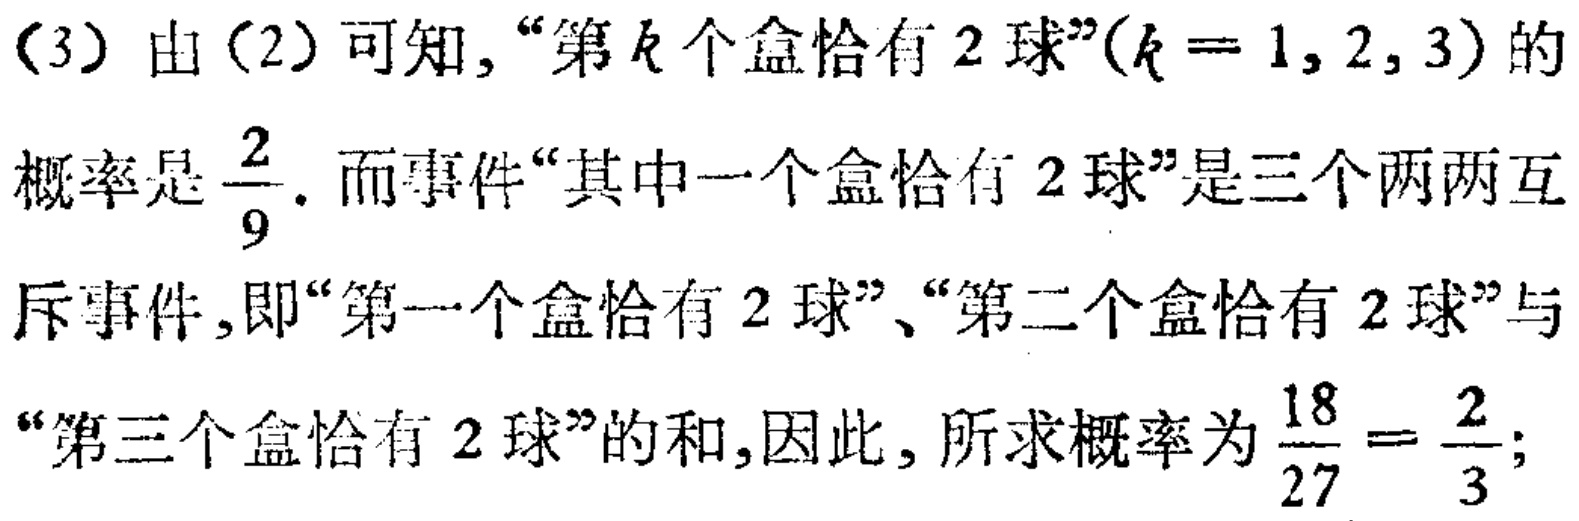
（3）由（2）可知，“第\(k\)个盒恰有\(2\)球”\((k = 1,2,3)\)的概率是\(\frac{2}{9}\). 而事件“其中一个盒恰有\(2\)球”是三个两两互斥事件，即“第一个盒恰有\(2\)球”、“第二个盒恰有\(2\)球”与“第三个盒恰有\(2\)球”的和，因此，所求概率为\(\frac{18}{27}=\frac{2}{3}\)；